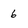
Character: 6